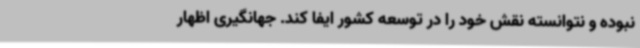
نبوده و نتوانسته نقش خود را در توسعه کشور ایفا کند. جهانگیری اظهار